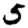
Digit: 5